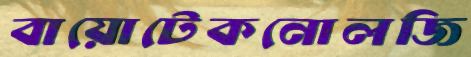
বায়োটেকনোলজি